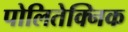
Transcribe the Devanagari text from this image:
पोलितेक्निक